画像に写った文字を読んでください
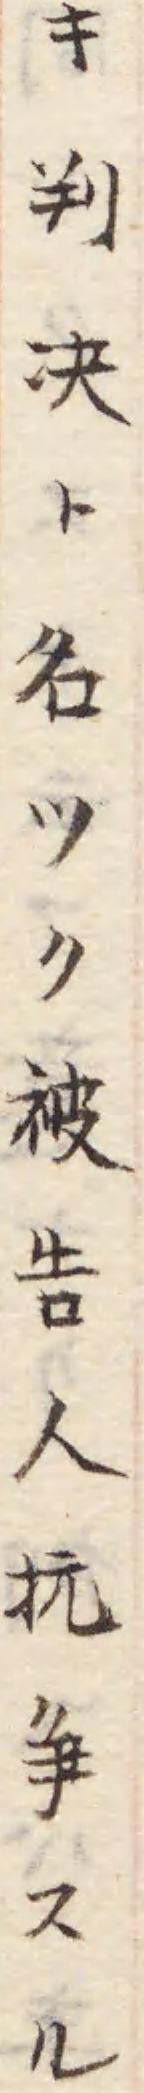
「キ判决ト名ツク被告人抏争スル」と書いてあります